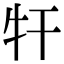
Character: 㸩